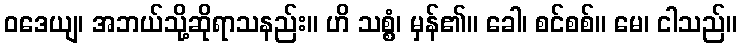
ဝဒေယျ၊ အဘယ်သို့ဆိုရာသနည်း။ ဟိ သစ္စံ၊ မှန်၏။ ခေါ၊ စင်စစ်။ မေ၊ ငါသည်။